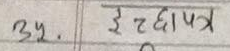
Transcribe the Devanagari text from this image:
३५. इच्छापत्र